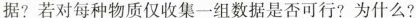
据?若对每种物质仅收集一组数据是否可行?为什么?